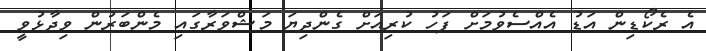
އެ ރެކޯޑިން އަޑު އެއްސެވުމަށް ފަހު ކުރިއަށް ގެންދިޔަ މަޝްވަރާގައި މެންބަރުން ވިދާޅުވީ